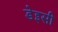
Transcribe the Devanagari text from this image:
डेइसी